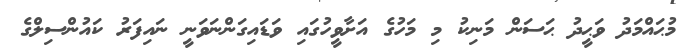
މުޙައްމަދު ވަޙީދު ޙަސަން މަނިކު މި މަހުގެ އަށާވީހުގައި ވަޑައިގަންނަވަނީ ނައިފަރު ކައުންސިލްގެ